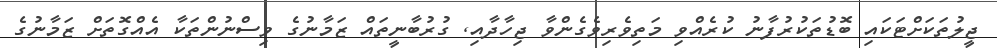
ޖީލުތަކަށްޓަކައި ބޮޑުތަކުރުފާނު ކުރެއްވި މަތިވެރިވެގެންވާ ޖިހާދާއި